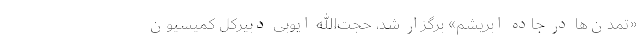
«تمدن‌ها در جاده ابریشم» برگزار شد، حجت‌الله ایوبی دبیرکل کمیسیون